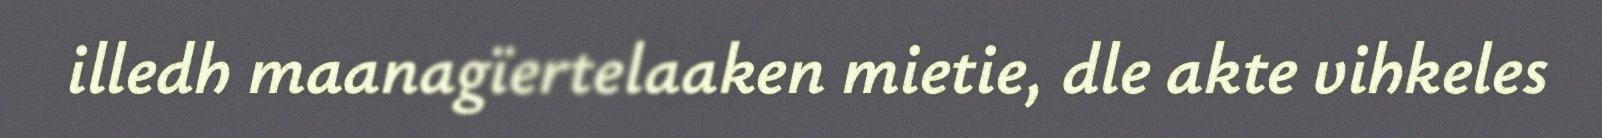
illedh maanagïertelaaken mietie, dle akte vihkeles